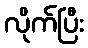
လိုက်ပြီး